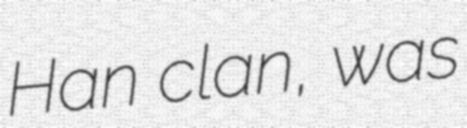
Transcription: Han clan, was